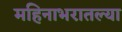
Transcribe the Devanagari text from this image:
महिनाभरातल्या